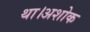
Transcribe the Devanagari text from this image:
था।अशोक